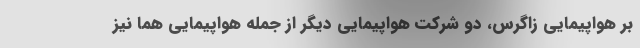
بر هواپیمایی زاگرس، دو شرکت هواپیمایی دیگر از جمله هواپیمایی هما نیز